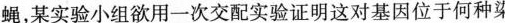
蝇，某实验小组欲用一次交配实验证明这对基因位于何种染